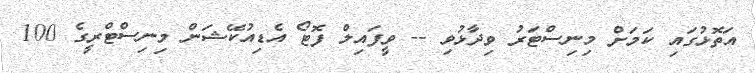
އަތޮޅުގައި ކަމަށް މިނިސްޓަރު ވިދާޅުވި -- ވީފައިލް ފޮޓޯ އެޑިއުކޭޝަން މިނިސްޓްރީގެ 100